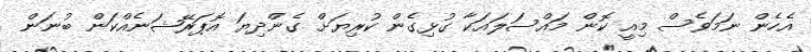
އެހެން ނަމަވެސް މިއީ ކޮން މައްސަލައަކާ ގުޅިގެން ކުރިޔަށް ގެންދިޔަ އޮޕަރޭޝަނެއްކަން ބުނަން